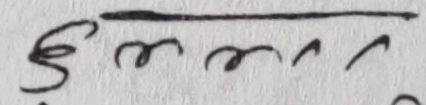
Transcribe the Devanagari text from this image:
इममर